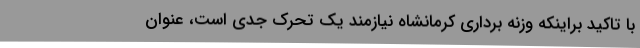
با تاکید براینکه وزنه برداری کرمانشاه نیازمند یک تحرک جدی است، عنوان